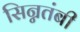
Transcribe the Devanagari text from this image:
सिन्नतंबी